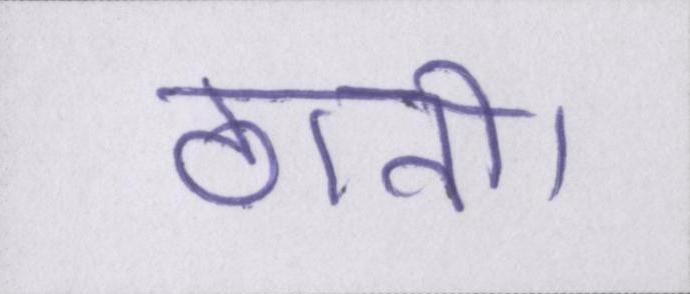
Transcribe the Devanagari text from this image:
ठानी।